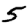
Digit: 5